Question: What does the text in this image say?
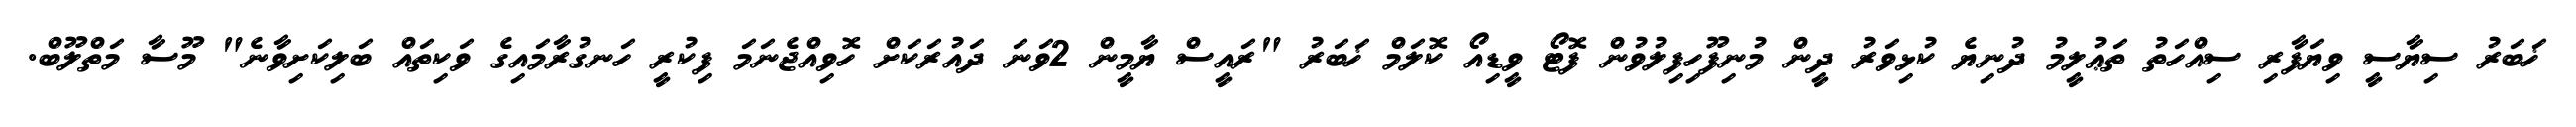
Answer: ޚަބަރު ސިޔާސީ ވިޔަފާރި ސިއްހަތު ތަޢުލީމު ދުނިޔެ ކުޅިވަރު ދީން މުނިފޫހިފިލުވުން ފޮޓޯ ވީޑިއޯ ކޮލަމް ޚަބަރު "ރައީސް ޔާމީން 2ވަނަ ދައުރަކަށް ހޮވިއްޖެނަމަ ފިކުރީ ހަނގުރާމައިގެ ވަކިތައް ބަލިކަށިވާނެ" މޫސާ މަތްލޫބް.